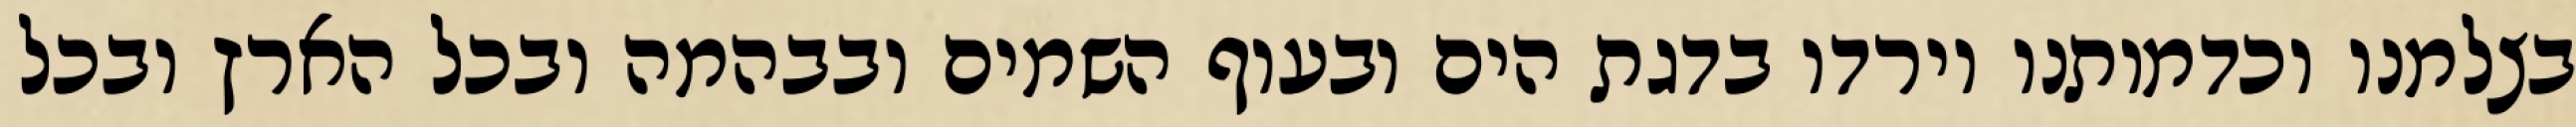
בצלמנו וכדמותנו וירדו בדגת הים ובעוף השמים ובבהמה ובכל הארץ ובכל